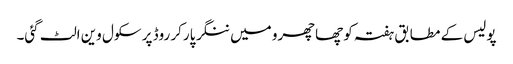
پولیس کے مطابق ہفتہ کو چھاچھرو میں ننگر پارکر روڈ پر سکول وین الٹ گئی۔